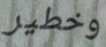
وخطير